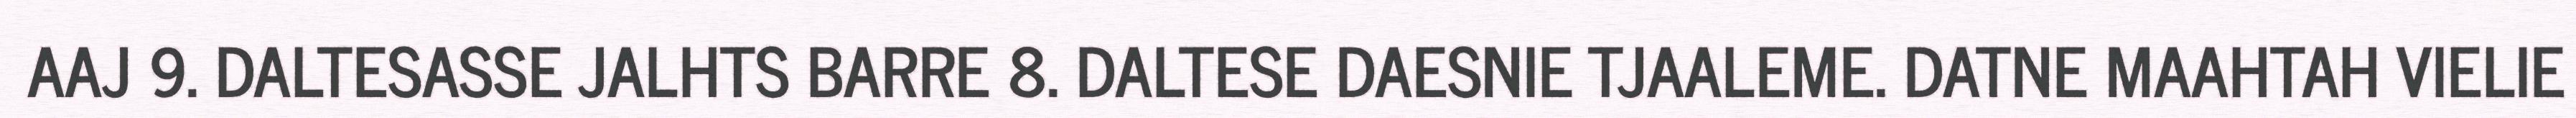
AAJ 9. DALTESASSE JALHTS BARRE 8. DALTESE DAESNIE TJAALEME. DATNE MAAHTAH VIELIE